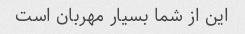
این از شما بسیار مهربان است